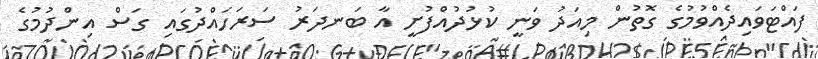
ފައްޓަވައިދެއްވުމުގެ ގޮތުން މިއަދު ވަނީ ކުޅުދުއްފުށީ އާ ބަނދަރު ސަރަހައްދުގައި ގަސް އިންދުމުގެ